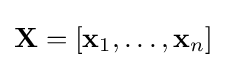
\mathbf {X} =[\mathbf {x} _{1},\ldots ,\mathbf {x} _{n}]